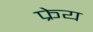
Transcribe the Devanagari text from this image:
फ्रेय